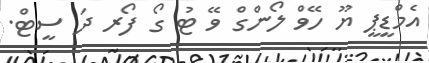
އެމްޑީޕީ ޔޫ ހޭވް ލޯންގް ވޭ ޓު ގޯ ފޯރ ދަ ސީޓް.